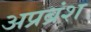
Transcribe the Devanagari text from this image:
अप्रब्रंश